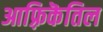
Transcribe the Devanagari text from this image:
आफ़्रिकॆतिल